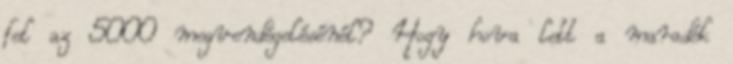
fel az 5000 megvendégelésénél? Hogy hova lett a maradék